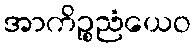
အာကိဉ္စညံယေဝ